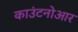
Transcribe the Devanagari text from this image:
काउंटनोआर